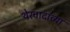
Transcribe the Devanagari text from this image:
थेरवादाच्या